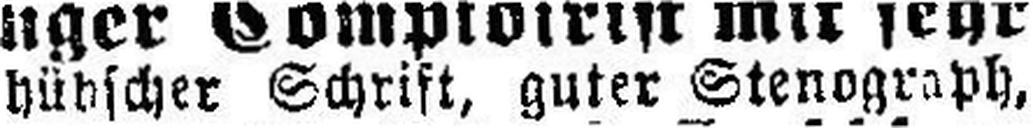
hübscher Schrift, guter Stenograph,